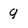
Character: g